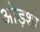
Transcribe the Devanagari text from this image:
ओड़शा